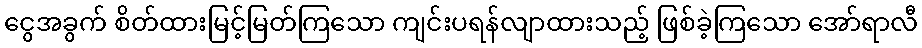
ငွေအခွက် စိတ်ထားမြင့်မြတ်ကြသော ကျင်းပရန်လျာထားသည့် ဖြစ်ခဲ့ကြသော အော်ရာလီ